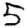
Digit: 5